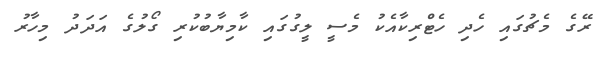
ރޭގެ މެޗުގައި ހެދި ހެޓްރިކާއެކު މެސީ ލީގުގައި ކާމިޔާބުކުރި ގޯލުގެ އަދަދު މިހާރު